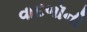
વાદળૉની